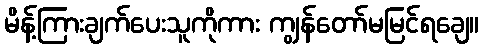
မိန့်ကြားချက်ပေးသူကိုကား ကျွန်တော်မမြင်ရချေ။